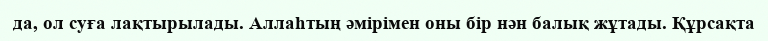
да, ол суға лақтырылады. Аллаһтың әмірімен оны бір нән балық жұтады. Құрсақта